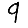
Digit: 9